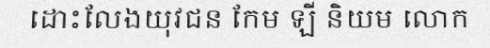
ដោះលែងយុវជន កែម ឡី និយម លោក